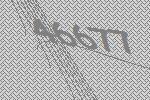
46677